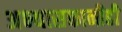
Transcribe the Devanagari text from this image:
अभ्यासकानीही